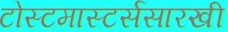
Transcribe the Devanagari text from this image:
टोस्टमास्टर्ससारखी